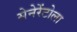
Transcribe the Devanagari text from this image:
सेनेरेंटोला